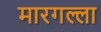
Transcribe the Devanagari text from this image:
मारगल्ला